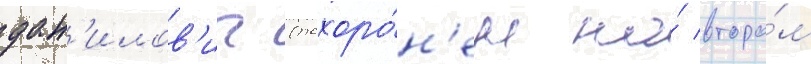
дан'илов'ич (похоро́н'ен на́ второ́м